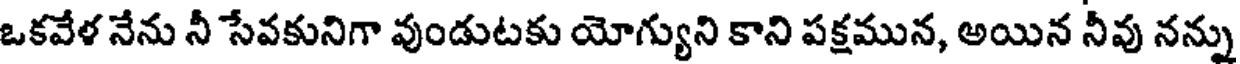
ఒకవేళ నేను నీ సేవకునిగా వుండుటకు యోగ్యుని కాని పక్షమున, అయిన నీవు నన్ను